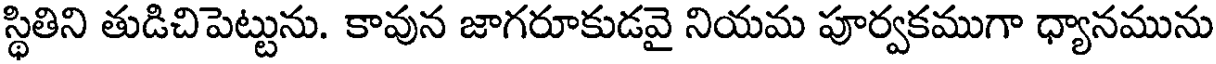
స్థితిని తుడిచిపెట్టును. కావున జాగరూకుడవై నియమ పూర్వకముగా ధ్యానమును